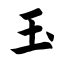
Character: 玉